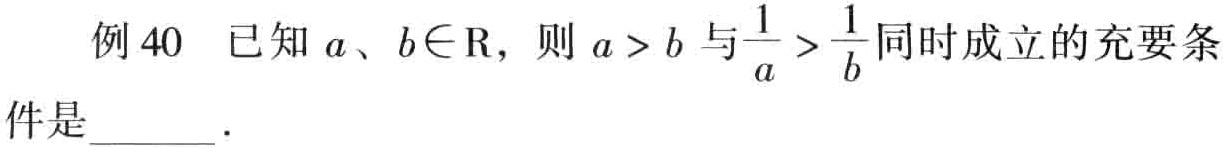
例40 已知\(a、b\in\mathrm{R}\)，则\(a > b\)与\(\frac{1}{a}>\frac{1}{b}\)同时成立的充要条件是  ．